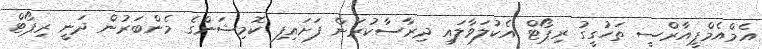
އެމްއެމްޕީއާރްސީ ތަހުގީގު ރިޕޯޓް އެކުލަވާލައި ދިރާސާކުރަން ފަށައިފި ކޮމިޝަންގެ މެންބަރުން ދަނީ ރިޕޯޓް